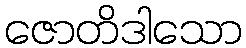
ဇောတိဒါသော